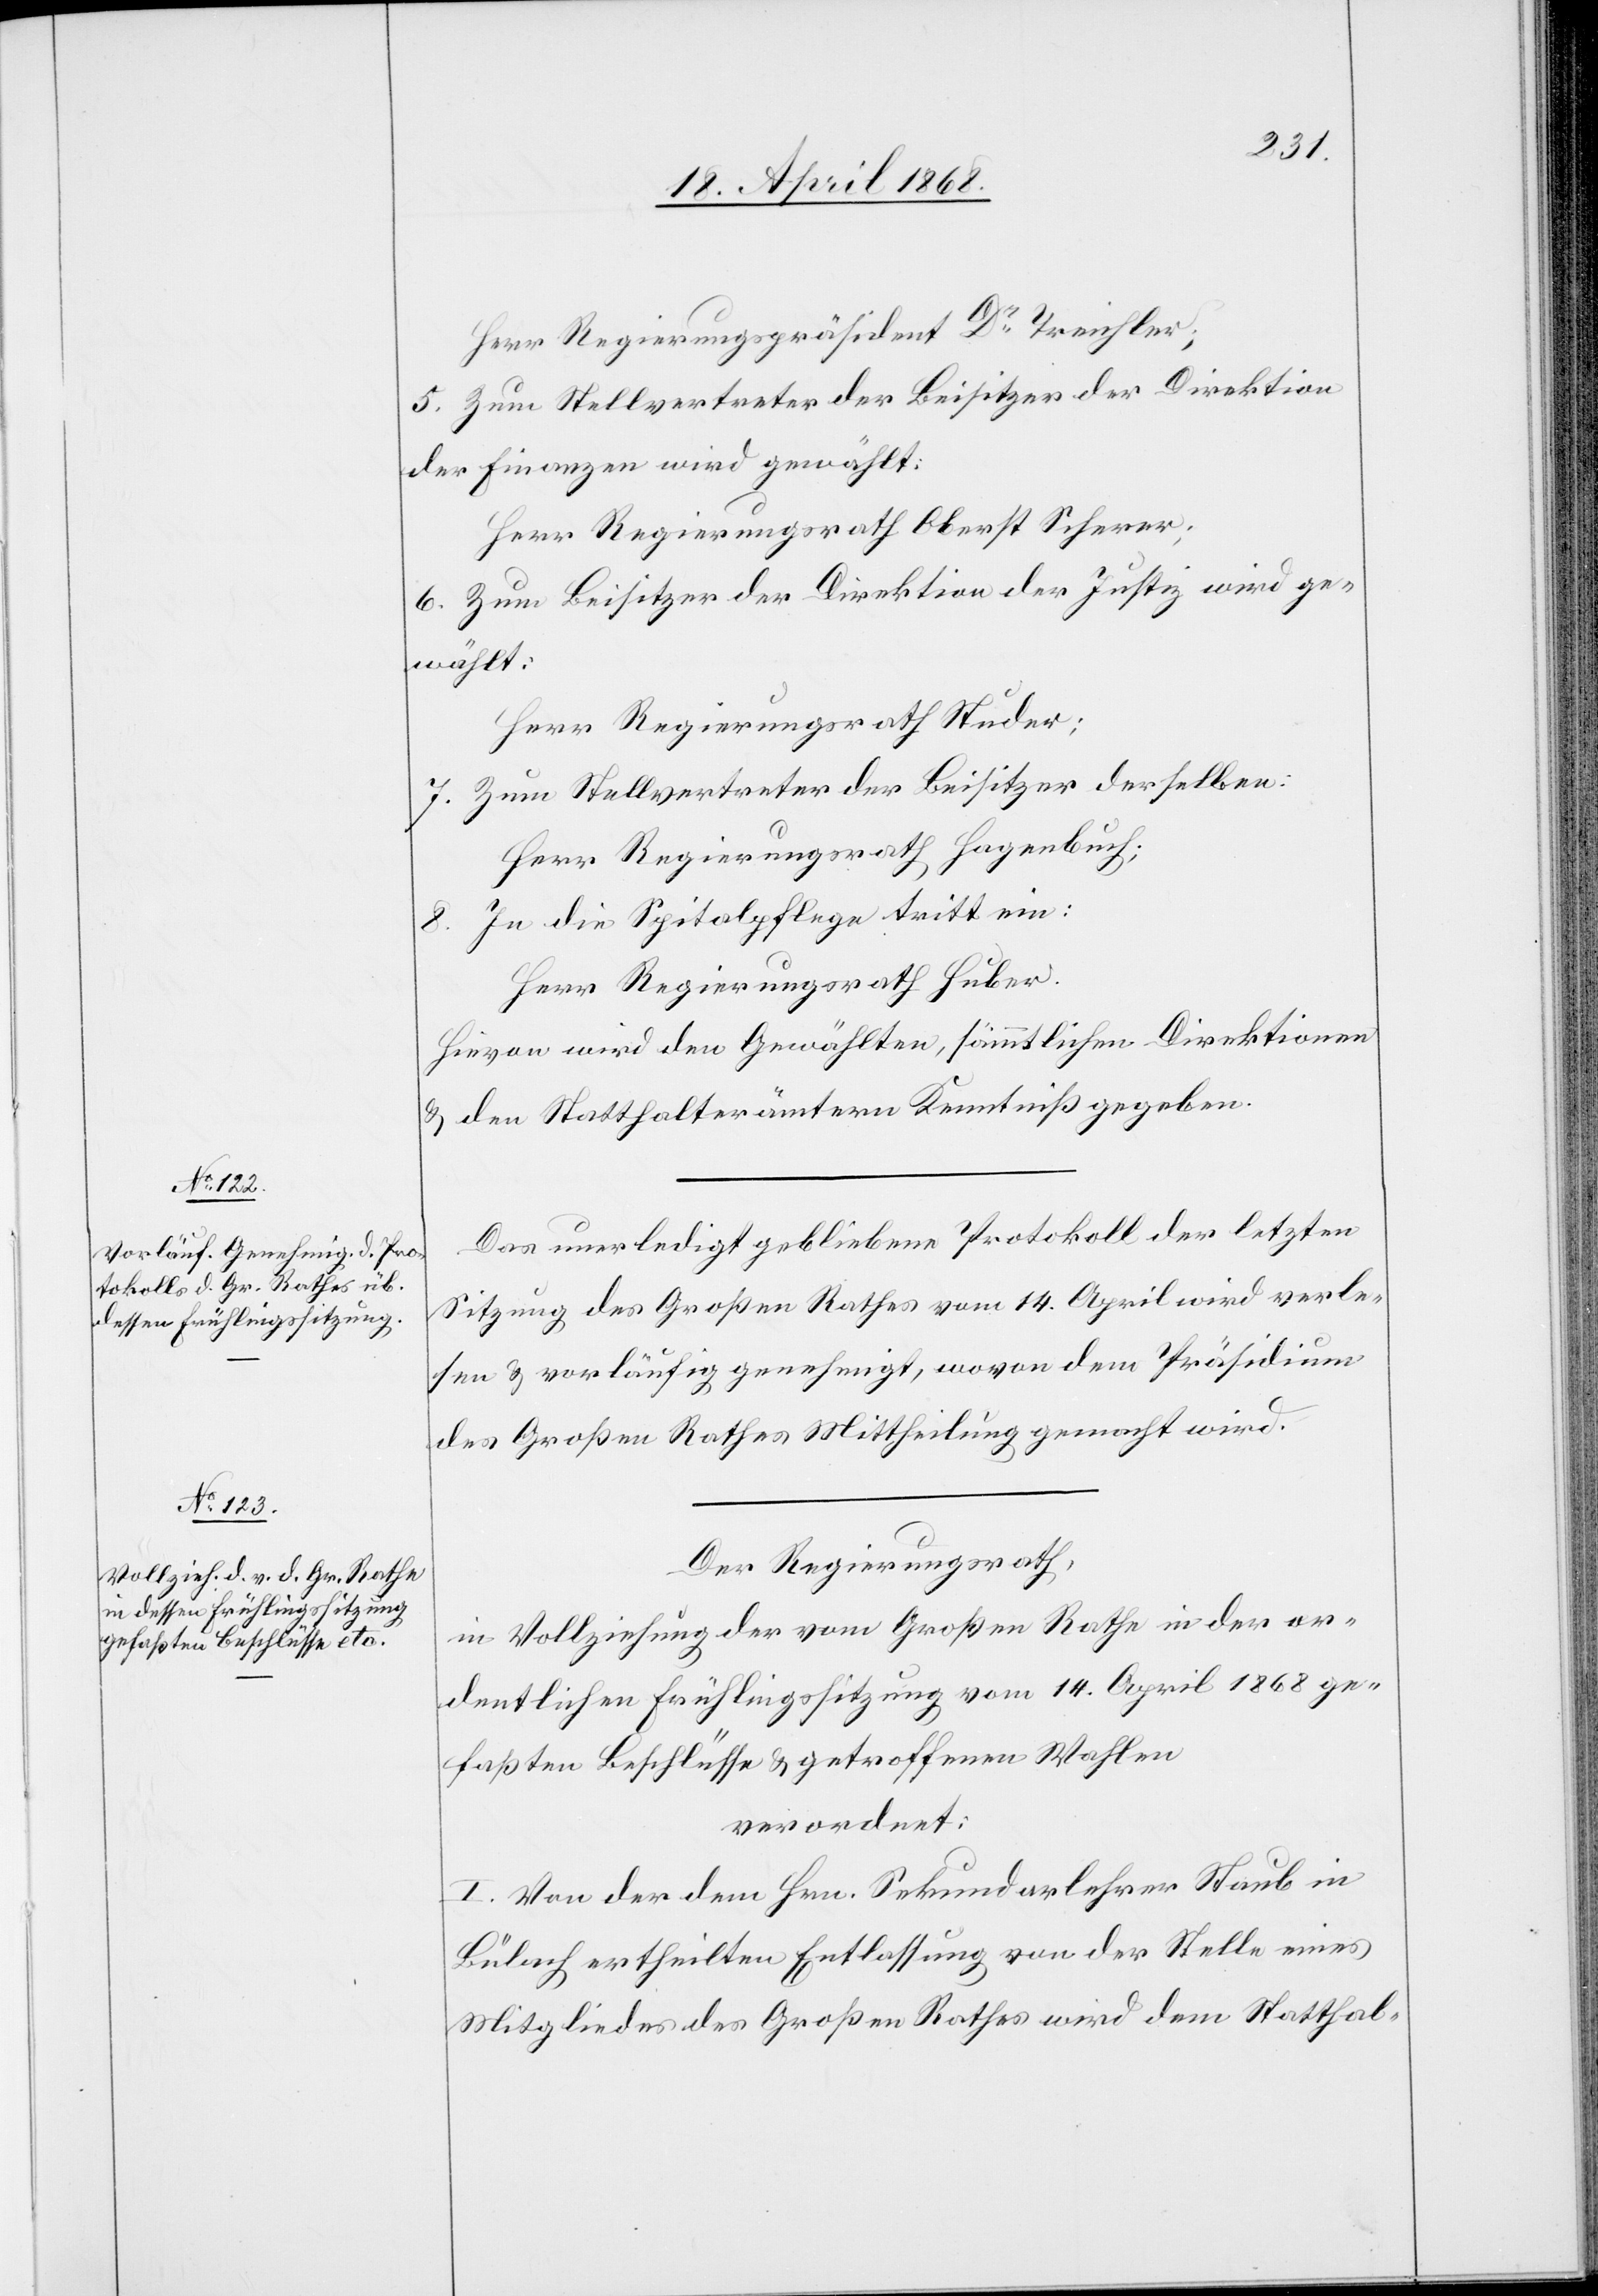
Herr Regierungspräsident Dr. Treichler;
5. Zum Stellvertreter der Beisitzer der Direktion
der Finanzen wird gewählt:
Herr Regierungsrath Oberst Scherer;
6. Zum Beisitzer der Direktion der Justiz wird ge¬
wählt:
Herr Regierungsrath Studer;
7. Zum Stellvertreter der Beisitzer derselben:
Herr Regierungsrath Hagenbuch;
In die Spitalpflege tritt ein:
Herr Regierungsrath Huber.
Hievon wird den Gewählten, sämmtlichen Direktionen
& den Statthalterämtern Kenntniß gegeben.
Das unerledigt gebliebene Protokoll der letzten
Sitzung des Großen Rathes vom 14. April wird verle¬
sen & vorläufig genehmigt, wovon dem Präsidium
des Großen Rathes Mittheilung gemacht wird.
Der Regierungsrath,
in Vollziehung der vom Großen Rathe in der or¬
dentlichen Frühlingssitzung vom 14. April 1868 ge¬
faßten Beschlüsse & getroffenen Wahlen
verordnet:
I. Von der dem Hrn. Sekundarlehrer Staub in
Bülach ertheilten Entlassung von der Stelle eines
Mitgliedes des Großen Rathes wird dem Statthal-